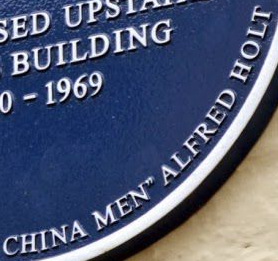
CHINA MEN" ALFRED HOLT